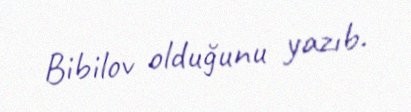
Bibilov olduğunu yazıb.